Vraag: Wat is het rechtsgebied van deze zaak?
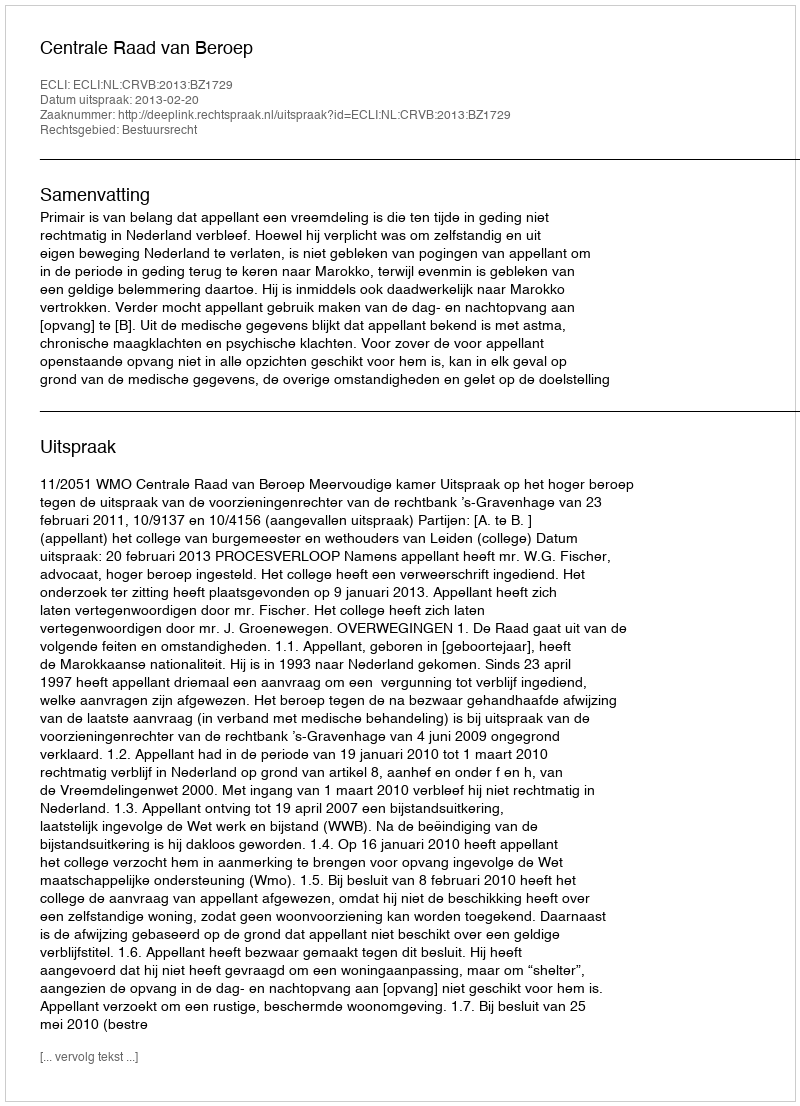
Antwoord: Bestuursrecht